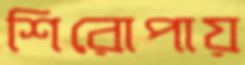
শিরোপায়